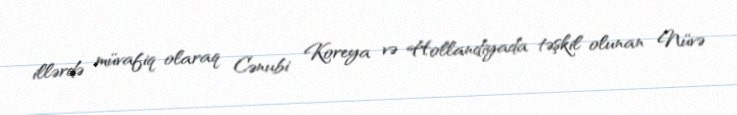
illərdə müvafiq olaraq Cənubi Koreya və Hollandiyada təşkil olunan Nüvə